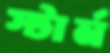
স্টার্ন